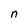
Character: n